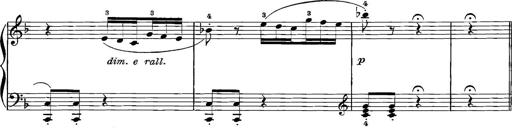
Title: 12 Sonatinas
Composer: Ignaz Pleyel